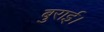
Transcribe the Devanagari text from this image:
बुराई।